DOW-UAP-D49, Launch Summary, Vandenberg AFB, 2000
Agency: Department of War
Incident date: 2/3/00
Page 53
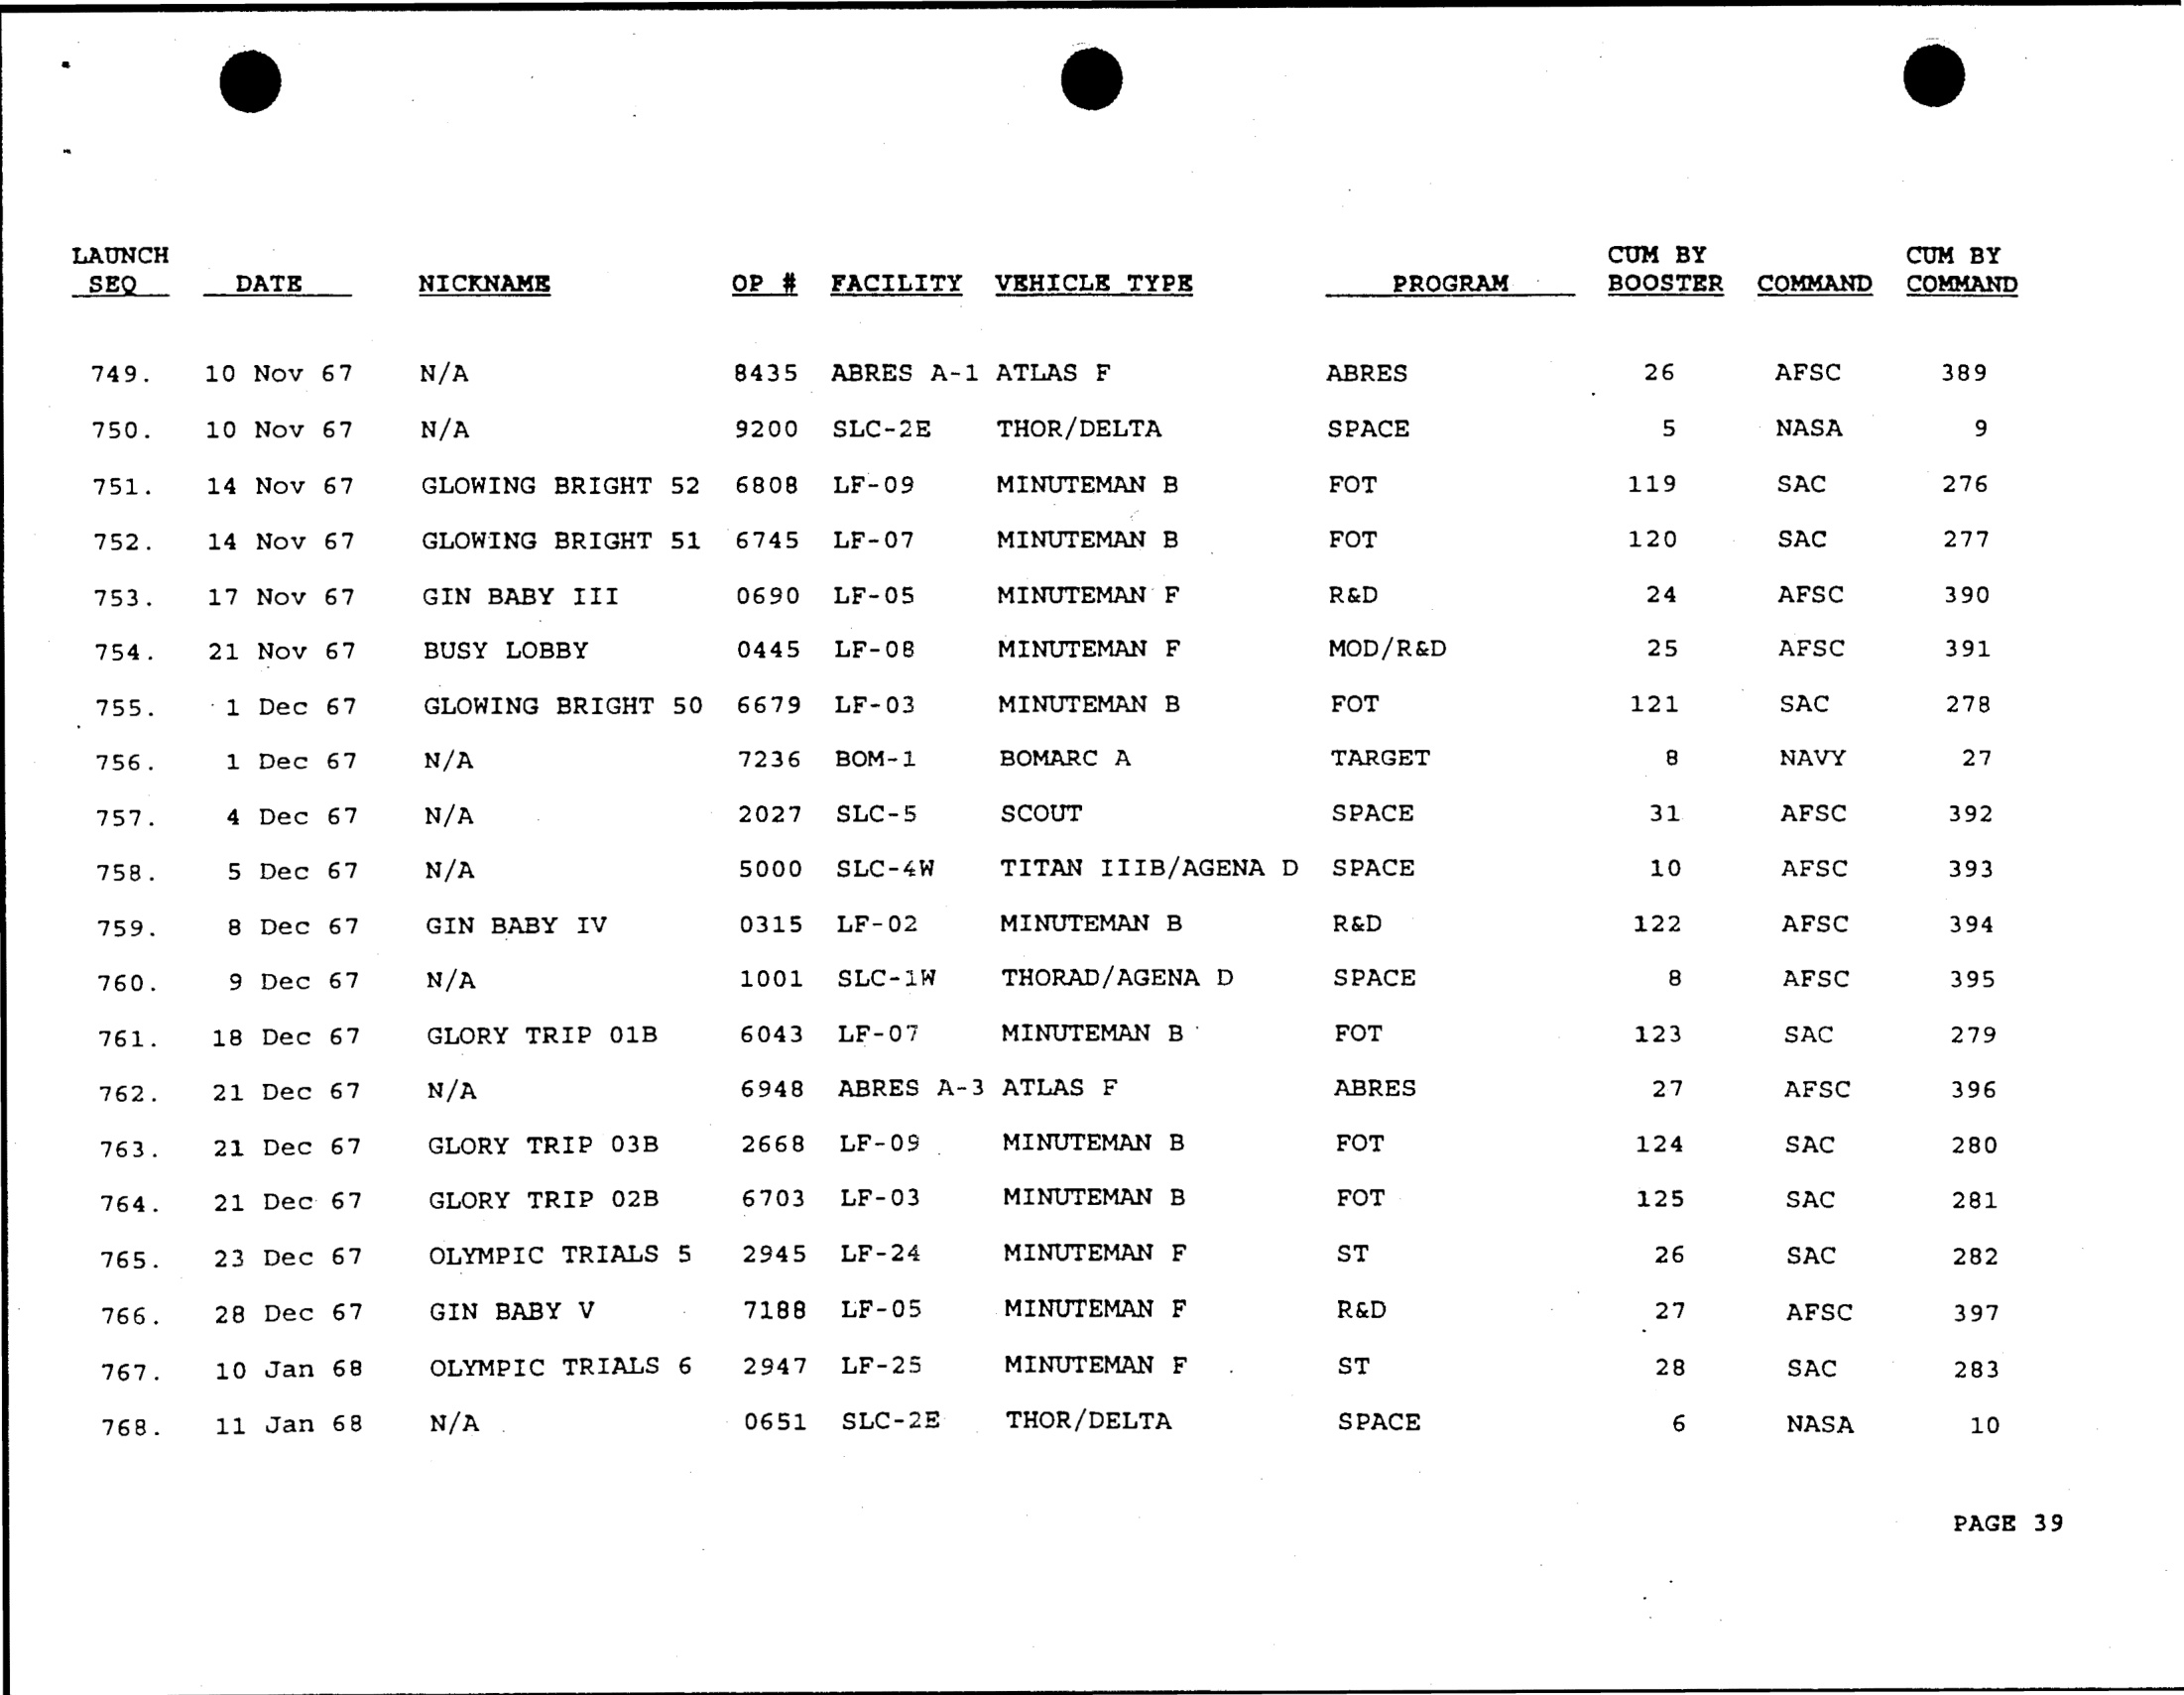